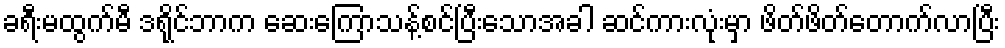
ခရီးမထွက်မီ ဒရိုင်ဘာက ဆေးကြောသန့်စင်ပြီးသောအခါ ဆင်ကားလုံးမှာ ဖိတ်ဖိတ်တောက်လာပြီး